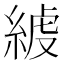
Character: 𦁭